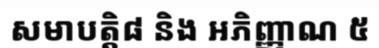
សមាបត្តិ៨ និង អភិញ្ញាណ ៥